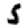
Digit: 5